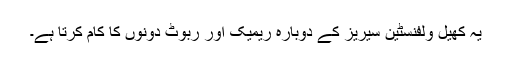
یہ کھیل ولفنسٹین سیریز کے دوبارہ ریمیک اور ربوٹ دونوں کا کام کرتا ہے۔